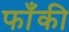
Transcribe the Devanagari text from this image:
फाँकी